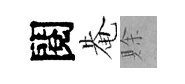
閱𤲅賖